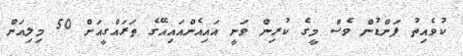
ކުވެއިތު ފަންޑުން ވެސް މީގެ ކުރިން ވަނީ އައިއެންއައިއޭގެ ތަރައްގީއަށް 50 މިލިއަން